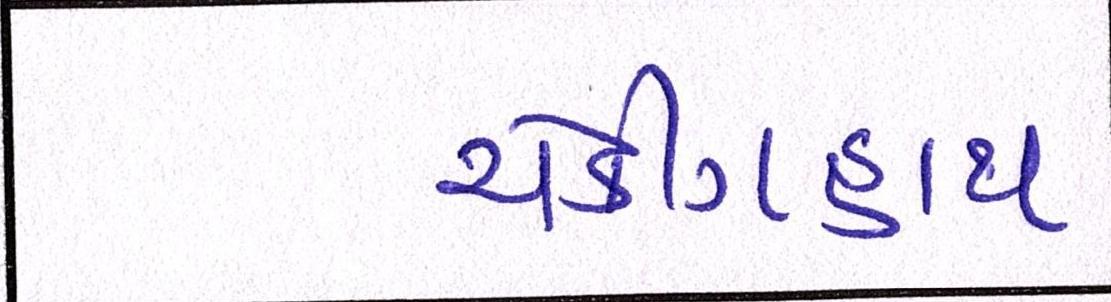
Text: ચેકીંગહાથ